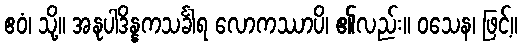
ဧဝံ၊ သို့။ အနုပါဒိန္နကသင်္ခါရ လောကဿာပိ၊ ၏လည်း။ ဝသေန၊ ဖြင့်။